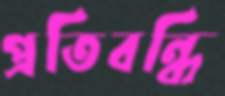
প্রতিবন্ধি